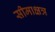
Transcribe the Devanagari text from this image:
सीमाक्षत्र